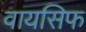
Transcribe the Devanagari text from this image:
वायसिफ